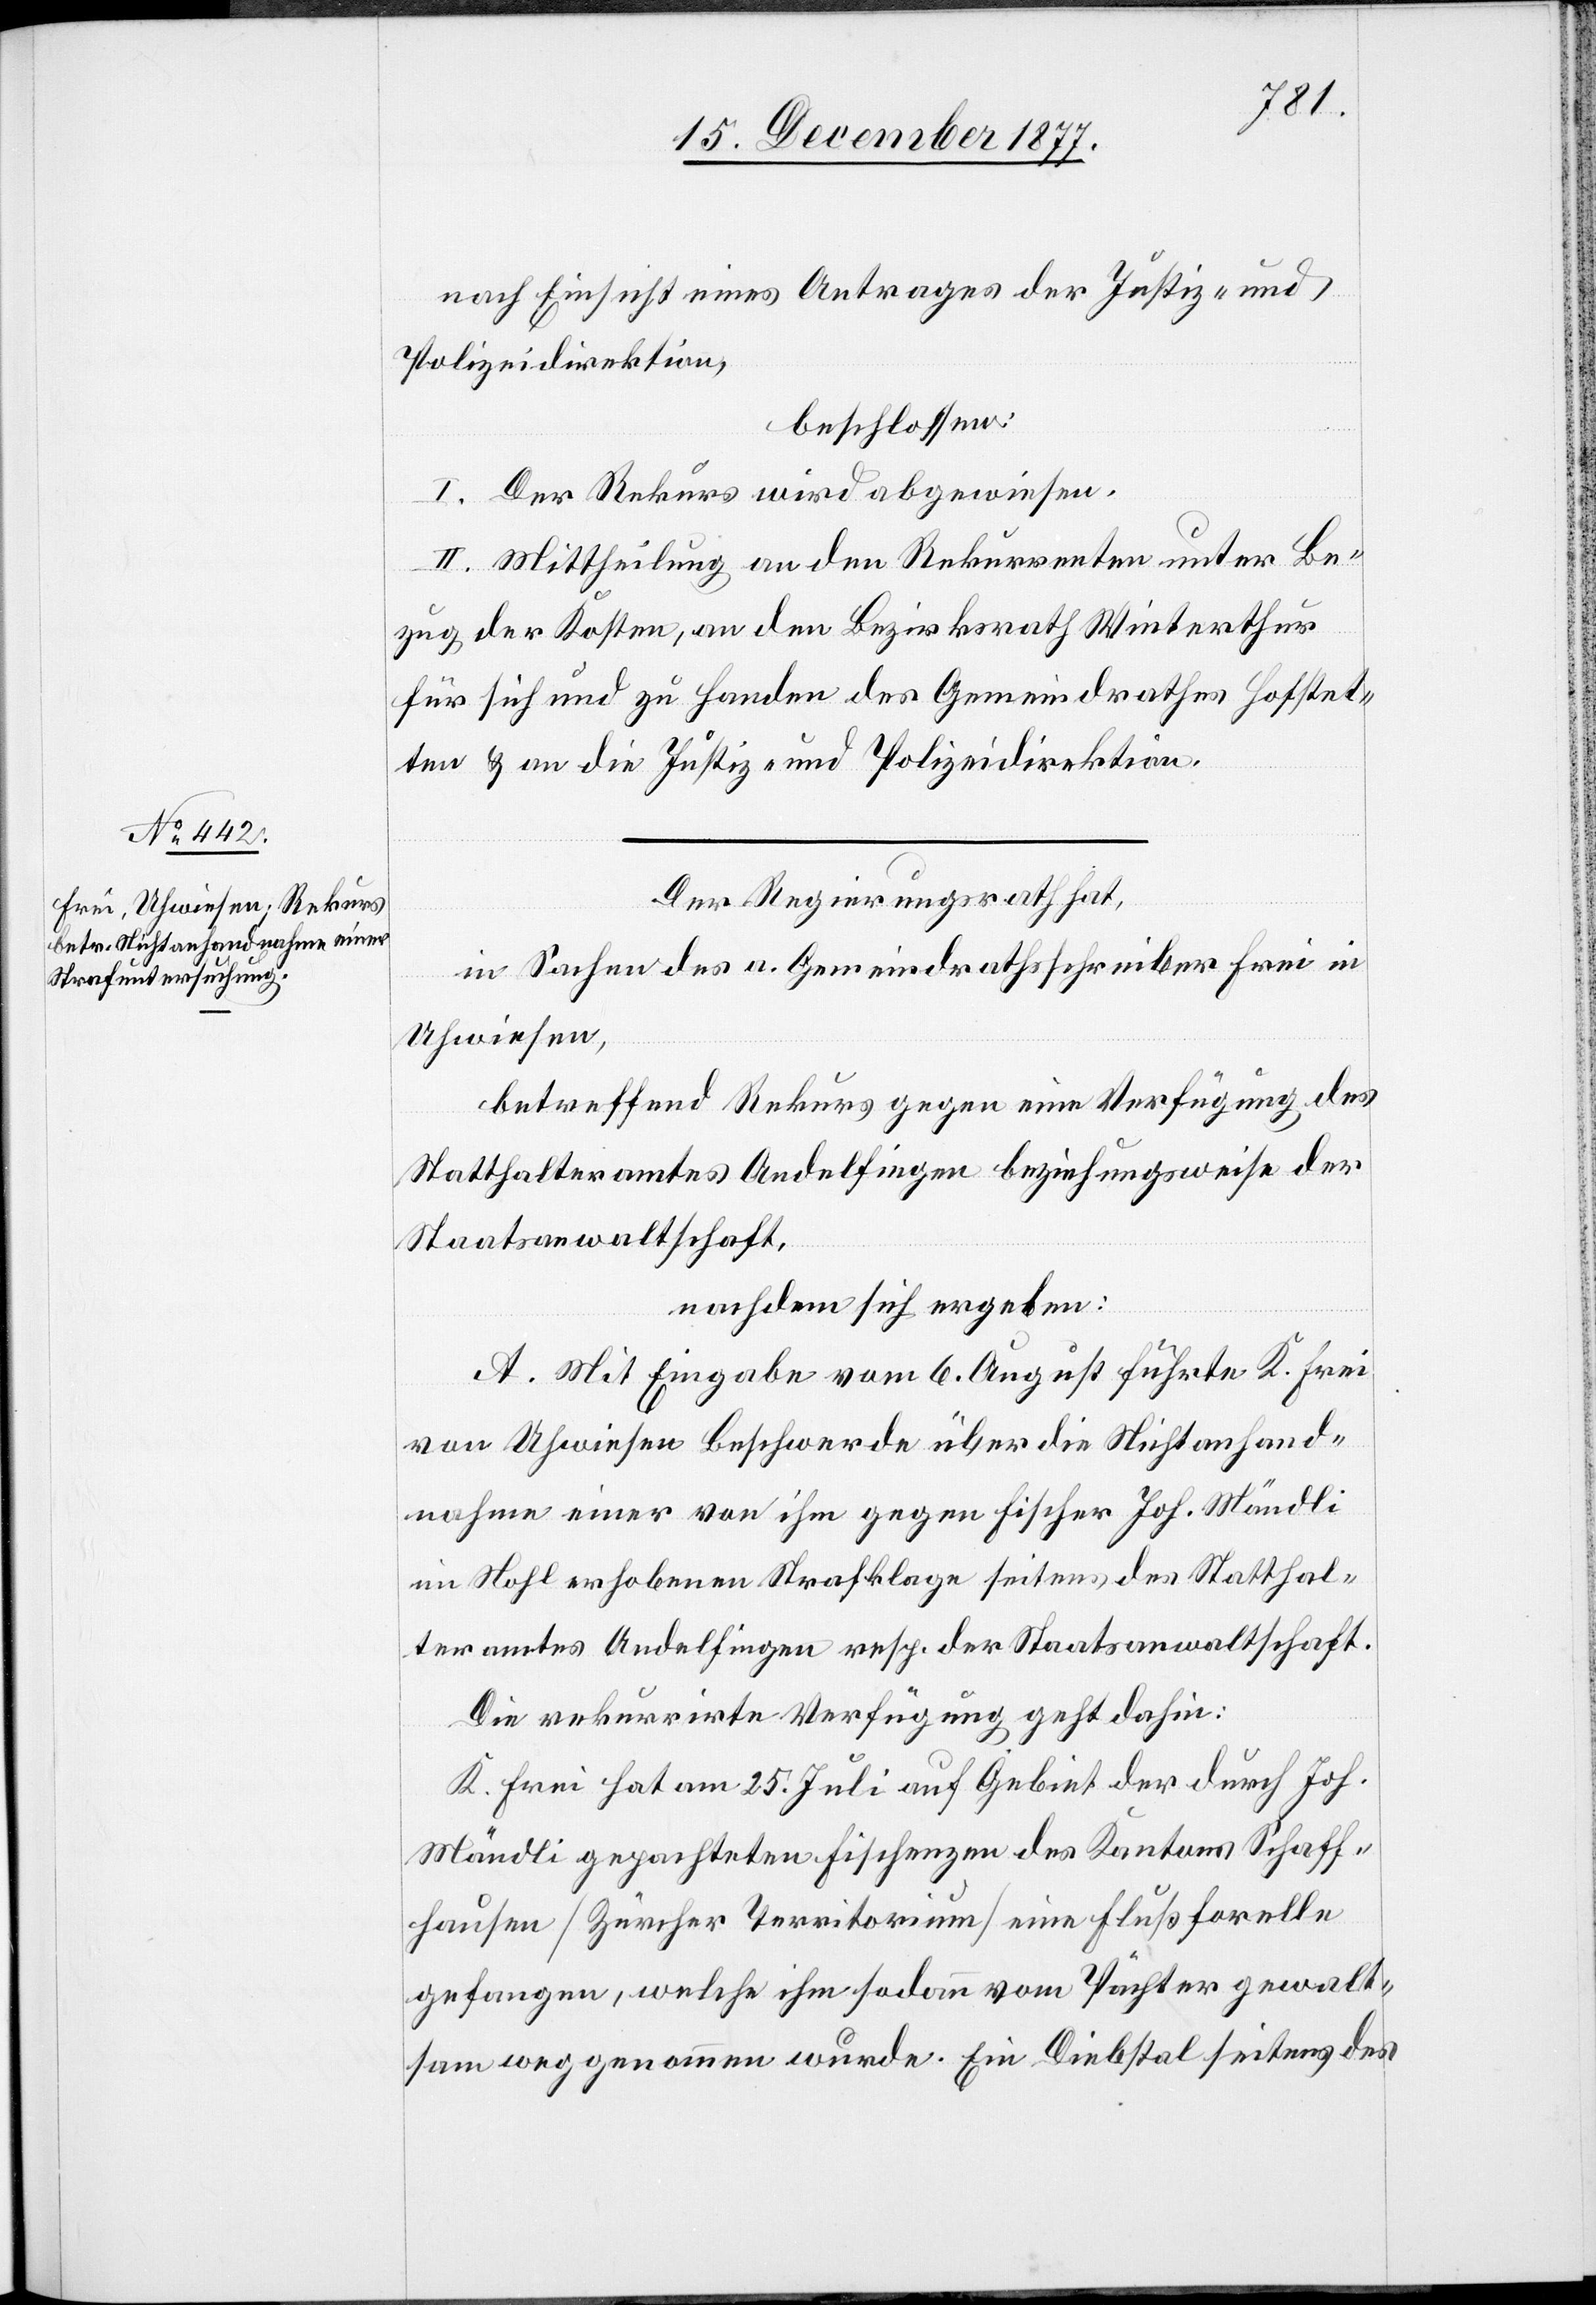
nach Einsicht eines Antrages der Justiz- und
Polizeidirektion,
beschlossen:
I. Der Rekurs wird abgewiesen.
II. Mittheilung an den Rekurrenten unter Be¬
zug der Kosten, an den Bezirksrath Winterthur
für sich und zu Handen des Gemeindrathes Hofstet¬
ten & an die Justiz- und Polizeidirektion.
Der Regierungsrath hat,
in Sachen des a. Gemeindrathsschreiber Frei in
Uhwiesen,
betreffend Rekurs gegen eine Verfügung des
Statthalteramtes Andelfingen beziehungsweise der
Staatsanwaltschaft,
nachdem sich ergeben:
A. Mit Eingabe vom 6. August führte K. Frei
von Uhwiesen Beschwerde über die Nichtanhand¬
nahme einer von ihm gegen Fischer Joh. Mändli
im Nohl erhobenen Strafklage seitens des Statthal¬
teramtes Andelfingen resp. der Staatsanwaltschaft.
Die rekurrirte Verfügung geht dahin:
K. Frei hat am 25. Juli auf Gebiet der durch Joh.
Mändli gepachteten Fischenzen des Kantons Schaff¬
hausen [Zürcher Territorium] eine Flußforelle
gefangen, welche ihm sodann vom Pächter gewalt¬
sam weggenommen wurde. Ein Diebstal seitens des